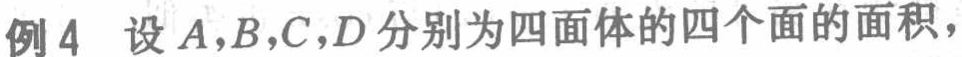
例4 设\(A,B,C,D\)分别为四面体的四个面的面积，